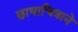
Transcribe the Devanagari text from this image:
छायाचित्राने